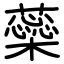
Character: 蘂